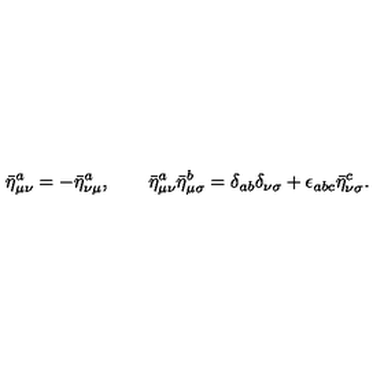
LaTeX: { \bar { \eta } ^ { a } } _ { \mu \nu } = - { \bar { \eta } ^ { a } } _ { \nu \mu } , \qquad { \bar { \eta } ^ { a } } _ { \mu \nu } { \bar { \eta } ^ { b } } _ { \mu \sigma } = { \delta } _ { a b } { \delta } _ { \nu \sigma } + { \epsilon } _ { a b c } { \bar { \eta } ^ { c } } _ { \nu \sigma } .